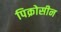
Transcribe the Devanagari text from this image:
पिक्रोसीन